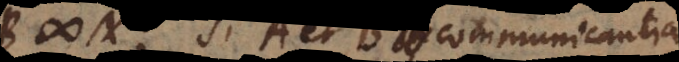
+ N. Si A et B incommunicantia,